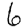
Digit: 6